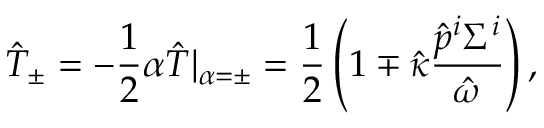
\hat { T } _ { \pm } = - \frac { 1 } { 2 } \alpha \hat { T } | _ { \alpha = \pm } = \frac { 1 } { 2 } \left( 1 \mp \hat { \kappa } \frac { \hat { p } ^ { i } \Sigma ^ { i } } { \hat { \omega } } \right) ,